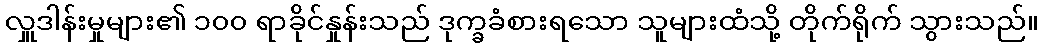
လှူဒါန်းမှုများ၏ ၁၀၀ ရာခိုင်နှုန်းသည် ဒုက္ခခံစားရသော သူများထံသို့ တိုက်ရိုက် သွားသည်။